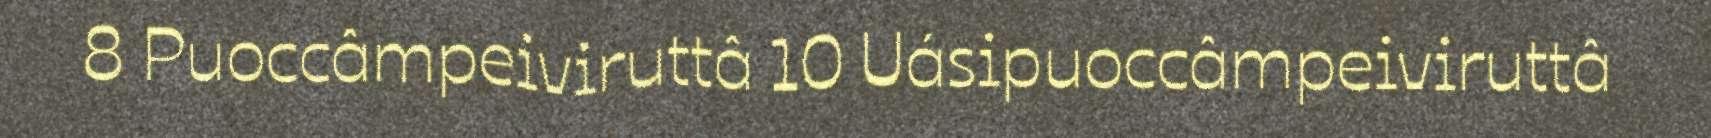
8 Puoccâmpeiviruttâ 10 Uásipuoccâmpeiviruttâ